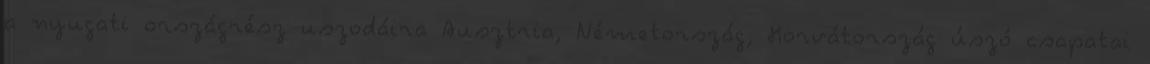
a nyugati országrész uszodáira Ausztria, Németország, Horvátország úszó csapatai